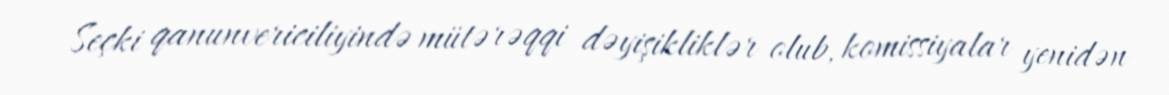
Seçki qanunvericiliyində mütərəqqi dəyişikliklər olub, komissiyalar yenidən